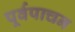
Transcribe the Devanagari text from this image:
पूर्वपाचन